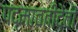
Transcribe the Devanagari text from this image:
पद्मावतीदेवी